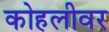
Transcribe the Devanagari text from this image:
कोहलीवर